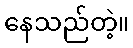
နေသည်တဲ့။